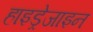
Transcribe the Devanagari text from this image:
हाइड्रेजाइन